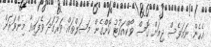
އެހެން ނަމަވެސް ޖިމަށް ގޮސް ވޯކްއައުޓު ކޮށްގެން މަސަލްތައް ވަރުގަދަ ވެފައިވާ މިންވަރަށް